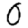
Digit: 0